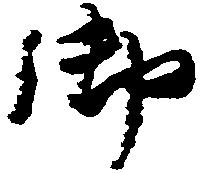
御